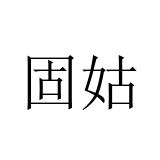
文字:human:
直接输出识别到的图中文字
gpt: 固姑